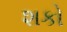
શકો